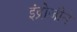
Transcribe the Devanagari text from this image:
इंद्रोजीने